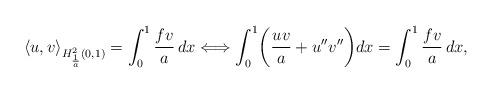
LaTeX: \begin{align*}\left\langle u, v \right\rangle_{H^2_{\frac{1}{a}}(0, 1)}=\int_{0}^{1} \frac{f v}{a}\,dx \Longleftrightarrow \int_{0}^{1} \biggl (\frac{u v}{a}+u''v''\biggr ) dx=\int_{0}^{1} \frac{f v}{a}\,dx,\end{align*}